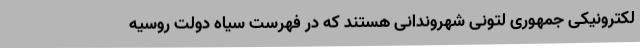
لکترونیکی جمهوری لتونی شهروندانی هستند که در فهرست سیاه دولت روسیه